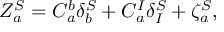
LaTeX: Z _ { a } ^ { S } = C _ { a } ^ { b } \delta _ { b } ^ { S } + C _ { a } ^ { I } \delta _ { I } ^ { S } + \zeta _ { a } ^ { S } ,